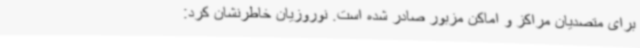
برای متصدیان مراکز و اماکن مزبور صادر شده است. نوروزیان خاطرنشان کرد: